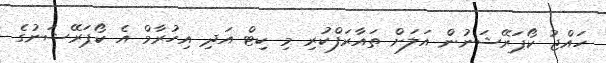
ހައްޖު ކޯޕަރޭޝަނުން އަލަށް ތައާރަފްކުރި މި ކިޓް އަދި އިހުރާމް އެ ކޯޕަރޭޝަނުގެ